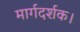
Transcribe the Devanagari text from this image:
मार्गदर्शक।